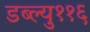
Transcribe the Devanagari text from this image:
डब्ल्यु११६